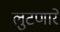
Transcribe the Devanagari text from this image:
लुटणारे